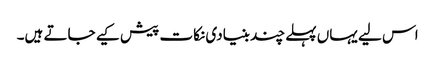
اس لیے یہاں پہلے چند بنیادی نکات پیش کیے جاتے ہیں۔